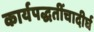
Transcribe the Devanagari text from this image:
कार्यपद्धतींचादीर्घ